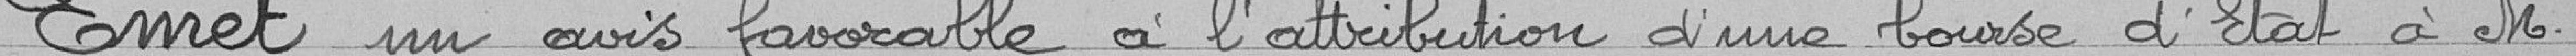
Emet un avis favorable à l'attribution d'une bourse d'Etat à M.